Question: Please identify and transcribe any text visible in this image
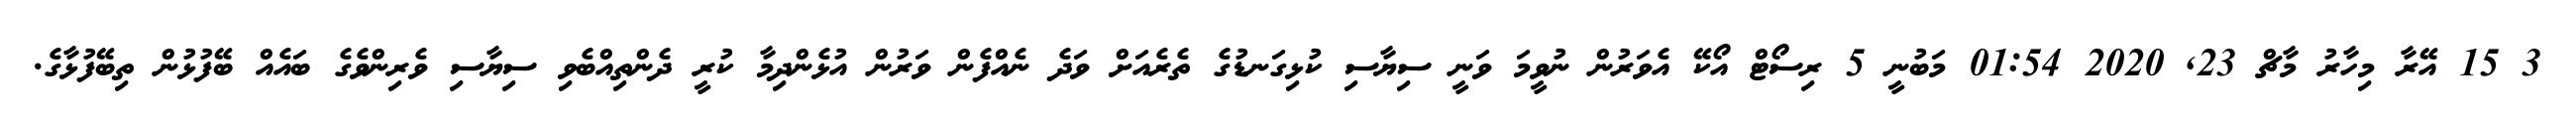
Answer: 3 15 އޭރާ މިހާރު މާޗް 23, 2020 01:54 މަބުނީ 5 ރިސޯޓް އޯކޭ އެވަރުން ނުވީމަ ވަނީ ސިޔާސި ކުޅިގަނޑުގެ ތެރެއަށް ވަދެ ނެއްފެން ވަރުން އުޅެންދިމާ ކުރީ ދެންތިއްބެވި ސިޔާސި ވެރިންވެގެ ބައެއް ބޭފުޅުން ތިބޭފުޅާގެ.